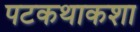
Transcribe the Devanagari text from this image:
पटकथाकशा